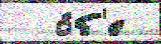
  о́б'е